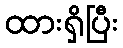
ထားရှိပြီး